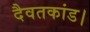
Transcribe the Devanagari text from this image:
दैवतकांड।